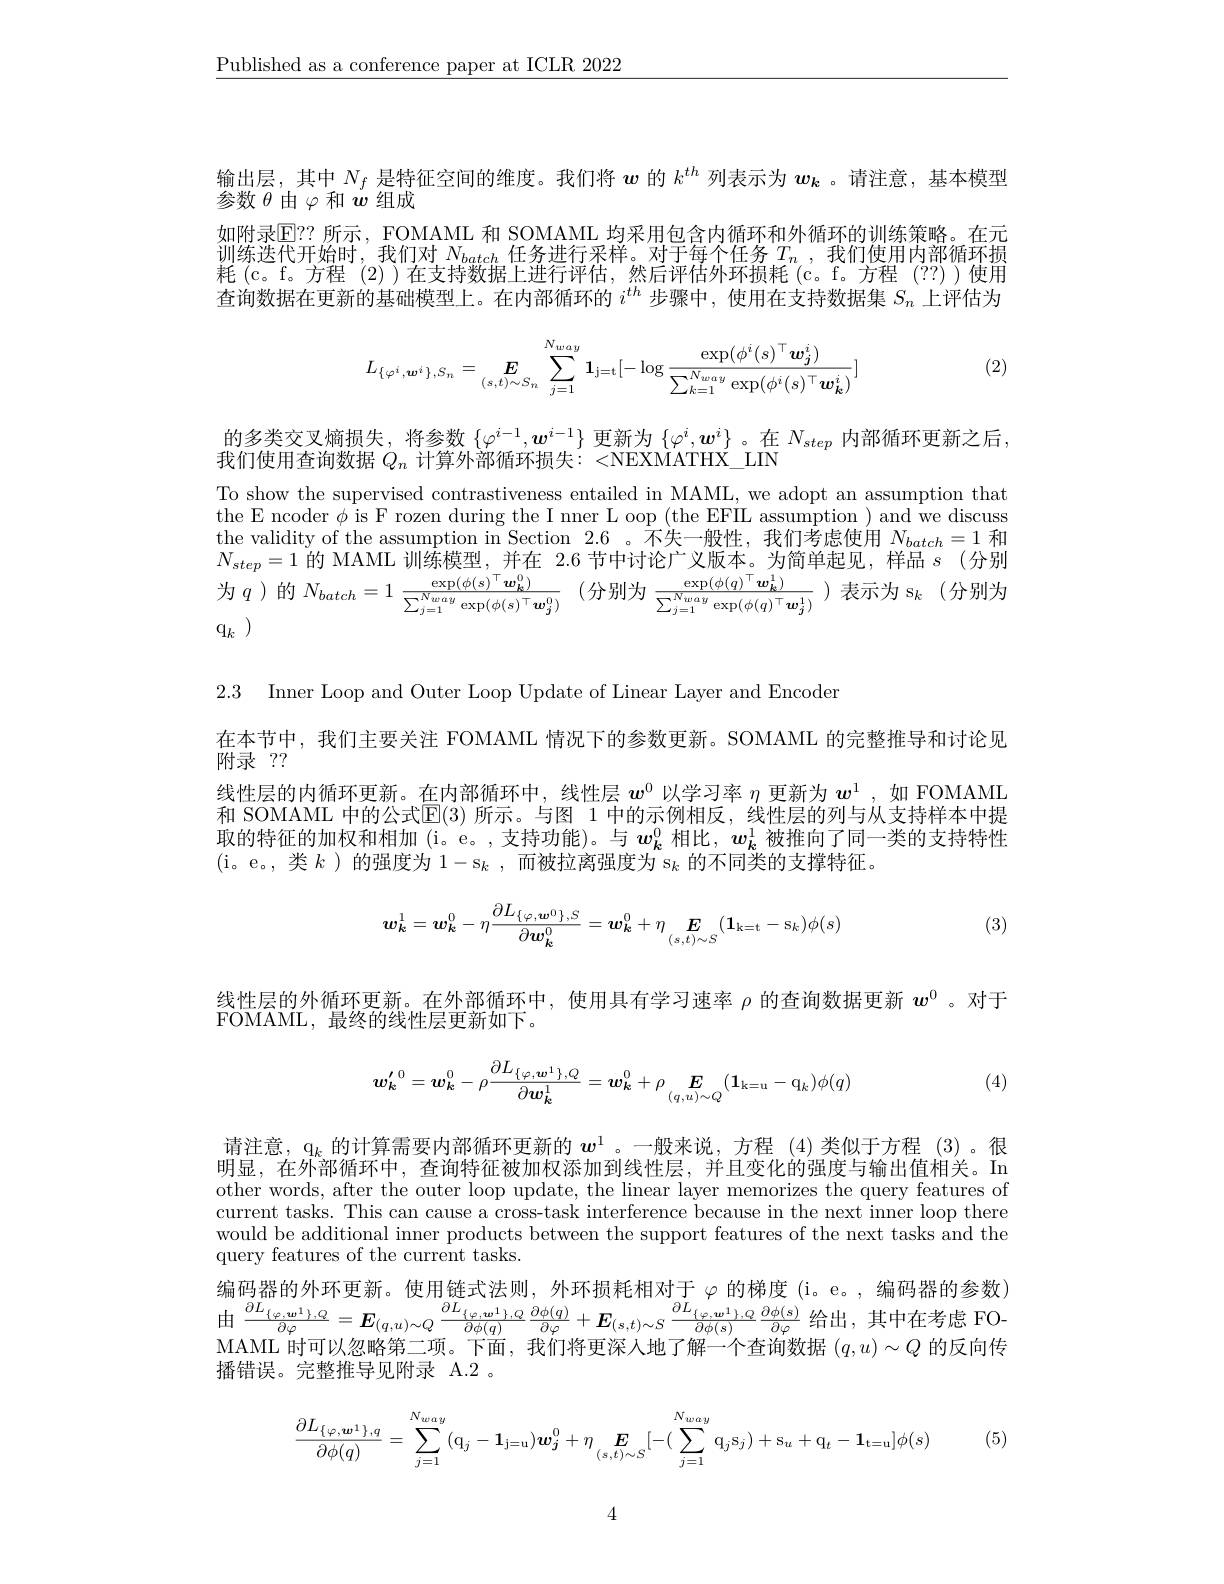
$\underline{\text{Published as a conference paper at ICLR 2022}}$

输出层，其中$N_f$是特征空间的维度。我们将$w$的$k^{th}$列表示为$w_k$ 。请注意，基本模型
参数$\theta$由$\varphi$和$\ddot{\boldsymbol{w}}$组成
如附录$\overline{\mathrm{E}}?$ 所示，FOMAML 和 SOMAML 均采用包含内循环和外循环的训练策略。在元训练迭代开始时，我们对$N_batch$任务进行采样。对于每个任务$T_n$ ,我们使用内部循环损耗(c。f。方程(2))在支持数据上进行评估，然后评估外环损耗(c。f。方程(??))使用查询数据在更新的基础模型上。在内部循环的$i^{th}$步骤中，使用在支持数据集$S_n$上评估为

(2)
$$L_{\{\varphi^i,\boldsymbol{w}^i\},S_n}=\underset{(s,t)\sim S_n}{\boldsymbol{E}}\sum_{j=1}^{N_{w\cdot\alpha y}}\mathbf{1}_{\mathrm{j=t}}[-\log\frac{\exp(\phi^i(s)^\top\boldsymbol{w}_j^i)}{\sum_{k=1}^{N_{w\cdot\alpha y}}\exp(\phi^i(s)^\top\boldsymbol{w}_k^i)}]$$
的多类交叉熵损失，将参数$\{\varphi^i-1,w^{i-1}\}$更新为$\{\varphi^i,w^i\}$ 。在$N_step$内部循环更新之后，
我们使用查询数据$Q_n$计算外部循环损失：<NEXMATHX\_LIN
To show the supervised contrastiveness entailed in MAML, we adopt an assumption that the E ncoder $\phi$ is F rozen during the I nner L oop (the EFIL assumption ) and we discuss the validity of the assumption in Section 2.6 。$\dot{\text{不失一般性，我们考虑使用}}N_{batch}=1$和$N_{step}=1$的 MAML 训练模型，并在 2.6 节中讨论广义版本。为简单起见，样品$s$ (分别为$q$)的$N_batch= 1\frac {\exp }{( }\phi ( s) ^{\top }\boldsymbol{w}_{k}^{0}) {\sum _{i= 1}^{{N_{wiay}}}\exp ( \phi ( s) ^{\top }\boldsymbol{w}_{i}^{0}) }$ (分别为$\frac\exp(\phi(q)^{\top}\boldsymbol{w}_{k}^{1}){\sum_{i=1}^{{N_{wiay}}}\exp(\phi(q)^{\top}\boldsymbol{w}_{k}^{1})}$)表示为$\mathfrak{s} _k$ (分别为$\mathrm{q} _k$ )

2.3 Inner Loop and Outer Loop Update of Linear Layer and Encoder

在本节中，我们主要关注 FOMAML 情况下的参数更新。SOMAML 的完整推导和讨论见
附录 ??
线性层的内循环更新。在内部循环中，线性层$w^{0}$以学习率$\eta$更新为$w^{1}$ ,如 FOMAML 和 SOMAML 中的公式$\mathbb{E}(3)$ 所示。与图 1 中的示例相反，线性层的列与从支持样本中提取的特征的加权和相加(i。e。,支持功能)。与$w_k^0$相比，$w_k^1$被推向了同一类的支持特性(i。e。,类$k$ )的强度为1-s$_k$,而被拉离强度为 s$_k$的不同类的支撑特征。

(3)
$$\boldsymbol{w}_k^1=\boldsymbol{w}_k^0-\eta\frac{\partial L_{\{\varphi,\boldsymbol{w}^0\},S}}{\partial\boldsymbol{w}_k^0}=\boldsymbol{w}_k^0+\eta\boldsymbol{E}_{(s,t)\sim S}(\boldsymbol{1}_{\mathrm{k=t}}-\mathrm{s}_k)\phi(s)$$
线性层的外循环更新。在外部循环中，使用具有学习速率$\rho$的查询数据更新$w^{0}$ 。对于
FOMAML, 最 终 的 线 性 层 更 新 如 下 。

(4)
$$\boldsymbol{w_k'}^0=\boldsymbol{w_k}^0-\rho\frac{\partial L_{\{\varphi,\boldsymbol{w^1}\},Q}}{\partial\boldsymbol{w_k^1}}=\boldsymbol{w_k^0}+\rho\boldsymbol{E}_{(q,u)\sim Q}(\boldsymbol{1_{k=u}}-\boldsymbol{q_k})\phi(q)$$
请注意，$\mathfrak{q}_k$的计算需要内部循环更新的$w^1$ 。一般来说，方程 (4)类似于方程 (3)。很明显，在外部循环中，查询特征被加权添加到线性层，并且变化的强度与输出值相关。In other words, after the outer loop update, the linear layer memorizes the query features of current tasks. This can cause a cross-task interference because in the next inner loop there would be additional inner products between the support features of the next tasks and the query features of the current tasks.
编码器的外环更新。使用链式法则，外环损耗相对于$\varphi$的梯度 (i。e。,编码器的参数) 由$\frac{\partial L_{\{\varphi,\boldsymbol{w}^{1}\},Q}}{\partial\varphi}=\boldsymbol{E}_{(q,u)\sim Q}\frac{\partial L_{\{\varphi,\boldsymbol{w}^{1}\},Q}}{\partial\phi(q)}\frac{\partial\phi(q)}{\partial\varphi}+\boldsymbol{E}_{(s,t)\sim S}\frac{\partial L_{\{\varphi,\boldsymbol{w}^{1}\},Q}}{\partial\phi(s)}\frac{\partial\phi(s)}{\partial\varphi}$ 给出，其中在考虑 FOMAML 时可以忽略第二项。下面，我们将更深人地了解一个查询数据$(q,u)\sim Q$的反向传播错误。完整推导见附录 A.2 。
$$\frac{\partial L_{\{\varphi,\boldsymbol{w}^{1}\},q}}{\partial\phi(q)}=\sum_{j=1}^{N_{way}}(\mathrm{q}_{j}-\mathbf{1}_{\mathrm{j=u}})\boldsymbol{w}_{j}^{0}+\eta_{(s,t)\sim S}[-(\sum_{j=1}^{N_{way}}\mathrm{q}_{j}\mathrm{s}_{j})+\mathrm{s}_{u}+\mathrm{q}_{t}-\mathbf{1}_{\mathrm{t=u}}]\phi(s)$$
(5)

4